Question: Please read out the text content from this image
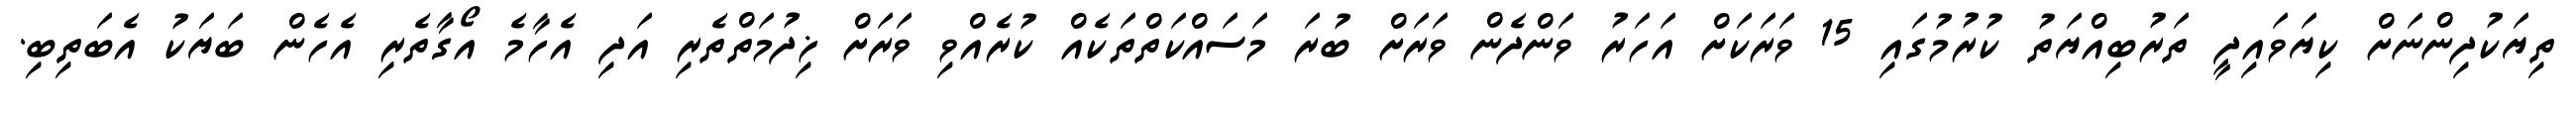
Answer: ތިޔަކުދިންނަށް ކިޔަވައިދީ ތަރުބިއްޔަތު ކުރުމުގައި 15 ވަރަކަށް އަހަރު ވަންދެން ވަރަށް ބުރަ މަސައްކަތްތަކެއް ކުރެއްވި ވަރަށް ޚިދުމަތްތެރި އަދި އެހާމެ އޯގާތެރި އެހެން ބަޔަކު އެބަތިބި.